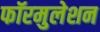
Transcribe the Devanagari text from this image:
फॉरमुलेशन